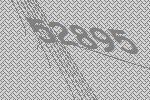
52895